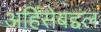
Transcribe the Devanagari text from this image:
अहिंसेबद्दल